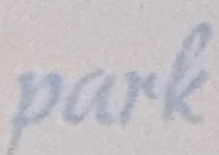
park